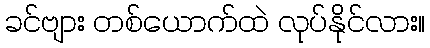
ခင်ဗျား တစ်ယောက်ထဲ လုပ်နိုင်လား။